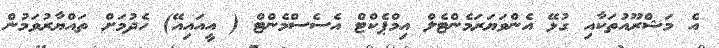
އެ މަޝްރޫއުތަކާއި ގުޅޭ އެންވަޔަރަމެންޓެލް އިމްޕެކްޓް އެސެސްމެންޓް ( އީއައިއޭ) ހެދުމަށް ތައްޔާރުވަމުން